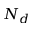
N _ { d }